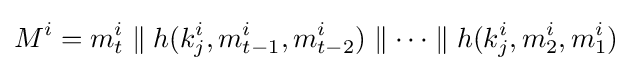
M^{i}=m_{t}^{i}\parallel h(k_{j}^{i},m_{t-1}^{i},m_{t-2}^{i})\parallel \cdots \parallel h(k_{j}^{i},m_{2}^{i},m_{1}^{i})